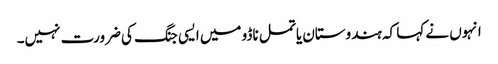
انہوں نے کہا کہ ہندوستان یا تمل ناڈو میں ایسی جنگ کی ضرورت نہیں۔